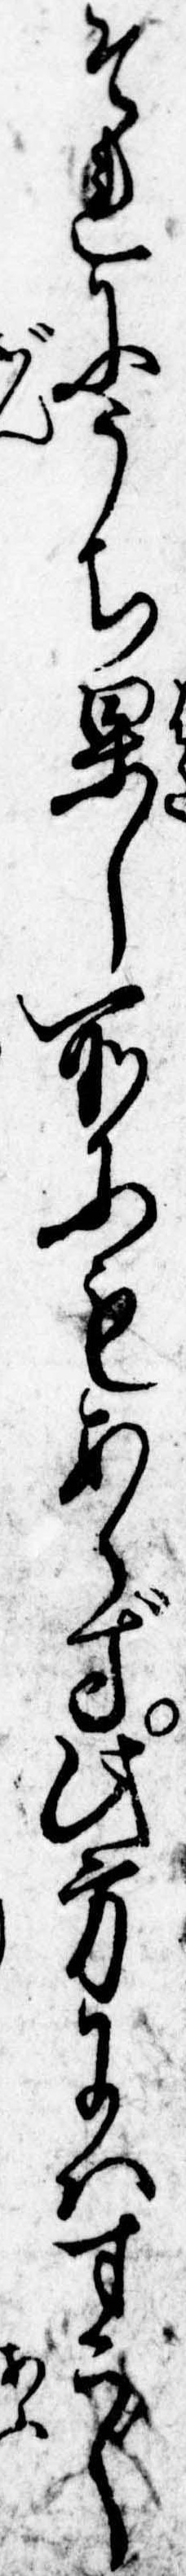
それにうち果し所にもあらず此方にはすこし